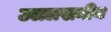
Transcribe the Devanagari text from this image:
उललखनीय